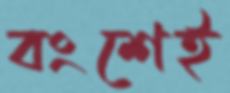
বংশেই